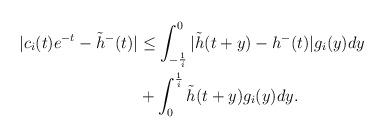
LaTeX: \begin{align*}|c_i(t)e^{-t}-\tilde{h}^{-}(t)|&\le \int_{-\frac{1}{i}}^0|\tilde{h}(t+y)-h^{-}(t)|g_i(y)dy\\&+\int_{0}^{\frac{1}{i}}\tilde{h}(t+y)g_i(y)dy.\end{align*}